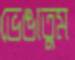
ভেঙাতুম